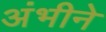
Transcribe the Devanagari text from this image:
अंभीने